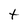
Character: t